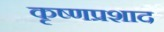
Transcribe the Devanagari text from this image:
कृष्णप्रशाद